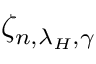
\zeta _ { n , \lambda _ { H } , \gamma }